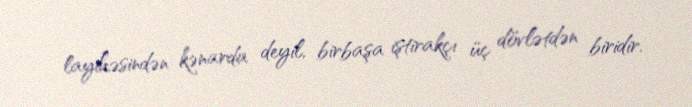
layihəsindən kənarda deyil, birbaşa iştirakçı üç dövlətdən biridir.